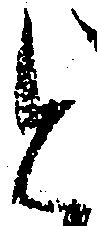
と